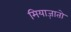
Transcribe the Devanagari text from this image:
मियाज़ातो